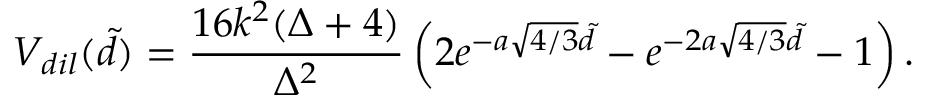
V _ { d i l } ( \tilde { d } ) = \frac { 1 6 k ^ { 2 } ( \Delta + 4 ) } { \Delta ^ { 2 } } \left( 2 e ^ { - a \sqrt { 4 / 3 } \tilde { d } } - e ^ { - 2 a \sqrt { 4 / 3 } \tilde { d } } - 1 \right) .